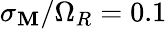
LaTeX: \sigma_{\mathbf{M}}/\Omega_{R}=0.1